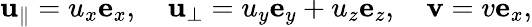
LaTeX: \mathbf{u}_{\parallel}=u_{x}\mathbf{e}_{x},\quad\mathbf{u}_{\perp}=u_{y}\mathbf{e}_{y}+u_{z}\mathbf{e}_{z},\quad\mathbf{v}=v\mathbf{e}_{x},